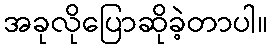
အခုလိုပြောဆိုခဲ့တာပါ။